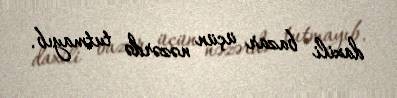
daxili bazar üçün nəzərdə tutmayıb.